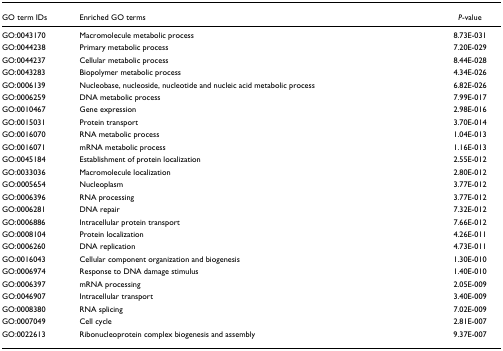
<table><thead><tr><td><b>GO term IDs</b></td><td><b>Enriched GO terms</b></td><td><b><i>P</i>-value</b></td></tr></thead><tbody><tr><td>GO:0043170</td><td>Macromolecule metabolic process</td><td>8.73E-031</td></tr><tr><td>GO:0044238</td><td>Primary metabolic process</td><td>7.20E-029</td></tr><tr><td>GO:0044237</td><td>Cellular metabolic process</td><td>8.44E-028</td></tr><tr><td>GO:0043283</td><td>Biopolymer metabolic process</td><td>4.34E-026</td></tr><tr><td>GO:0006139</td><td>Nucleobase, nucleoside, nucleotide and nucleic acid metabolic process</td><td>6.82E-026</td></tr><tr><td>GO:0006259</td><td>DNA metabolic process</td><td>7.99E-017</td></tr><tr><td>GO:0010467</td><td>Gene expression</td><td>2.98E-016</td></tr><tr><td>GO:0015031</td><td>Protein transport</td><td>3.70E-014</td></tr><tr><td>GO:0016070</td><td>RNA metabolic process</td><td>1.04E-013</td></tr><tr><td>GO:0016071</td><td>mRNA metabolic process</td><td>1.16E-013</td></tr><tr><td>GO:0045184</td><td>Establishment of protein localization</td><td>2.55E-012</td></tr><tr><td>GO:0033036</td><td>Macromolecule localization</td><td>2.80E-012</td></tr><tr><td>GO:0005654</td><td>Nucleoplasm</td><td>3.77E-012</td></tr><tr><td>GO:0006396</td><td>RNA processing</td><td>3.77E-012</td></tr><tr><td>GO:0006281</td><td>DNA repair</td><td>7.32E-012</td></tr><tr><td>GO:0006886</td><td>Intracellular protein transport</td><td>7.66E-012</td></tr><tr><td>GO:0008104</td><td>Protein localization</td><td>4.26E-011</td></tr><tr><td>GO:0006260</td><td>DNA replication</td><td>4.73E-011</td></tr><tr><td>GO:0016043</td><td>Cellular component organization and biogenesis</td><td>1.30E-010</td></tr><tr><td>GO:0006974</td><td>Response to DNA damage stimulus</td><td>1.40E-010</td></tr><tr><td>GO:0006397</td><td>mRNA processing</td><td>2.05E-009</td></tr><tr><td>GO:0046907</td><td>Intracellular transport</td><td>3.40E-009</td></tr><tr><td>GO:0008380</td><td>RNA splicing</td><td>7.02E-009</td></tr><tr><td>GO:0007049</td><td>Cell cycle</td><td>2.81E-007</td></tr><tr><td>GO:0022613</td><td>Ribonucleoprotein complex biogenesis and assembly</td><td>9.37E-007</td></tr></tbody></table>